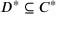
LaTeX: D ^ { * } \subseteq C ^ { * }